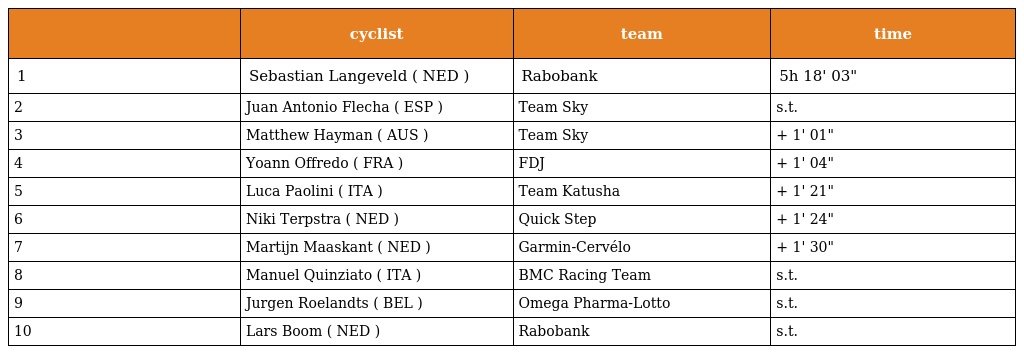
|  | cyclist | team | time |
 | --- | --- | --- | --- |
 | 1 | Sebastian Langeveld ( NED ) | Rabobank | 5h 18' 03" |
 | 2 | Juan Antonio Flecha ( ESP ) | Team Sky | s.t. |
 | 3 | Matthew Hayman ( AUS ) | Team Sky | + 1' 01" |
 | 4 | Yoann Offredo ( FRA ) | FDJ | + 1' 04" |
 | 5 | Luca Paolini ( ITA ) | Team Katusha | + 1' 21" |
 | 6 | Niki Terpstra ( NED ) | Quick Step | + 1' 24" |
 | 7 | Martijn Maaskant ( NED ) | Garmin-Cervélo | + 1' 30" |
 | 8 | Manuel Quinziato ( ITA ) | BMC Racing Team | s.t. |
 | 9 | Jurgen Roelandts ( BEL ) | Omega Pharma-Lotto | s.t. |
 | 10 | Lars Boom ( NED ) | Rabobank | s.t. |